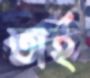
অর্হ